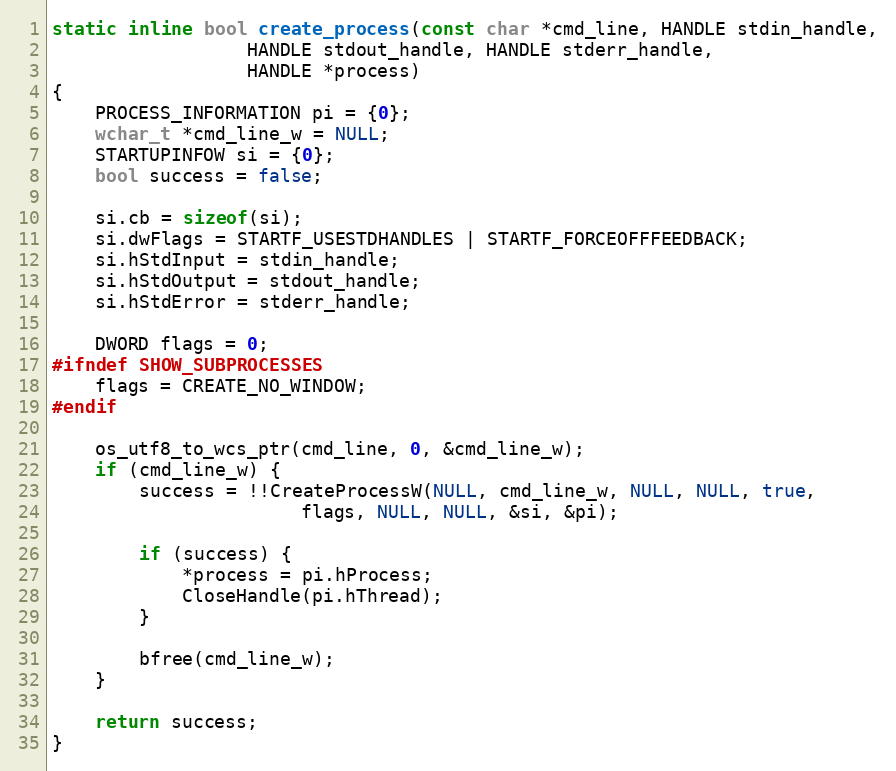
Language: C
static inline bool create_process(const char *cmd_line, HANDLE stdin_handle,
				  HANDLE stdout_handle, HANDLE stderr_handle,
				  HANDLE *process)
{
	PROCESS_INFORMATION pi = {0};
	wchar_t *cmd_line_w = NULL;
	STARTUPINFOW si = {0};
	bool success = false;

	si.cb = sizeof(si);
	si.dwFlags = STARTF_USESTDHANDLES | STARTF_FORCEOFFFEEDBACK;
	si.hStdInput = stdin_handle;
	si.hStdOutput = stdout_handle;
	si.hStdError = stderr_handle;

	DWORD flags = 0;
#ifndef SHOW_SUBPROCESSES
	flags = CREATE_NO_WINDOW;
#endif

	os_utf8_to_wcs_ptr(cmd_line, 0, &cmd_line_w);
	if (cmd_line_w) {
		success = !!CreateProcessW(NULL, cmd_line_w, NULL, NULL, true,
					   flags, NULL, NULL, &si, &pi);

		if (success) {
			*process = pi.hProcess;
			CloseHandle(pi.hThread);
		}

		bfree(cmd_line_w);
	}

	return success;
}